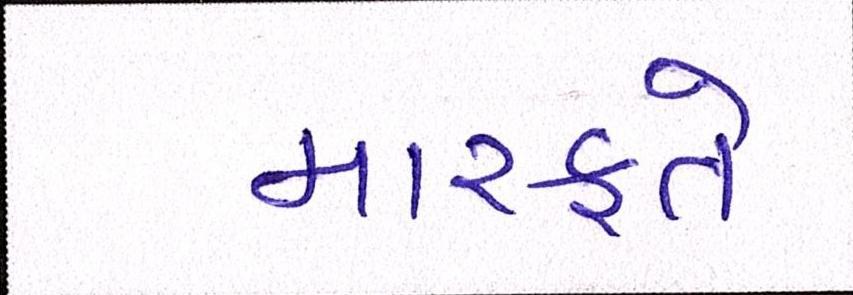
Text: મારફતે